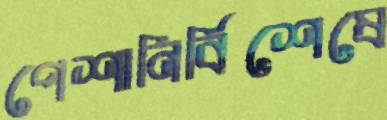
পেশানির্বিশেষে